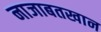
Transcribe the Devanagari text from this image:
नाजाबतखान